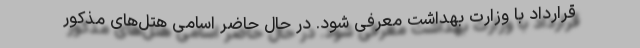
قرارداد با وزارت بهداشت معرفی شود. در حال حاضر اسامی هتل‌های مذکور